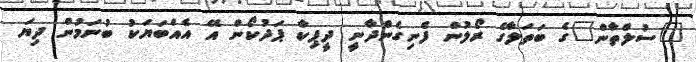
"ސުލްތާން"ގެ ބަތަލާގެ ރޯލުން ފެނިގެންދާނީ ދީޕިކާ ޕަދުކޯން އޭ އެއްބަޔަކު ބުނަމުން ދިޔަ